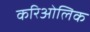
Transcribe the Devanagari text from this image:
करिओलिक